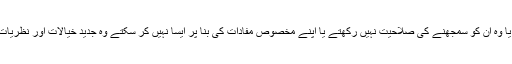
جو بدلتی دنیا کو سمجھنے سے قاصر ہیں ، جن کو دنیا کی بدلتی حقیقتیں نظر نہیں آرہی یا وہ اِن کو سمجھنے کی صلاحیت نہیں رکھتے یا اپنے مخصوص مفادات کی بنا پر ایسا نہیں کر سکتے وہ جدید خیالات اور نظریات کا پرچار کرنے والو ں کے خلا ف غداری کے سرٹیفیکٹ تقسیم کرتے نظر آ رہے ہیں۔